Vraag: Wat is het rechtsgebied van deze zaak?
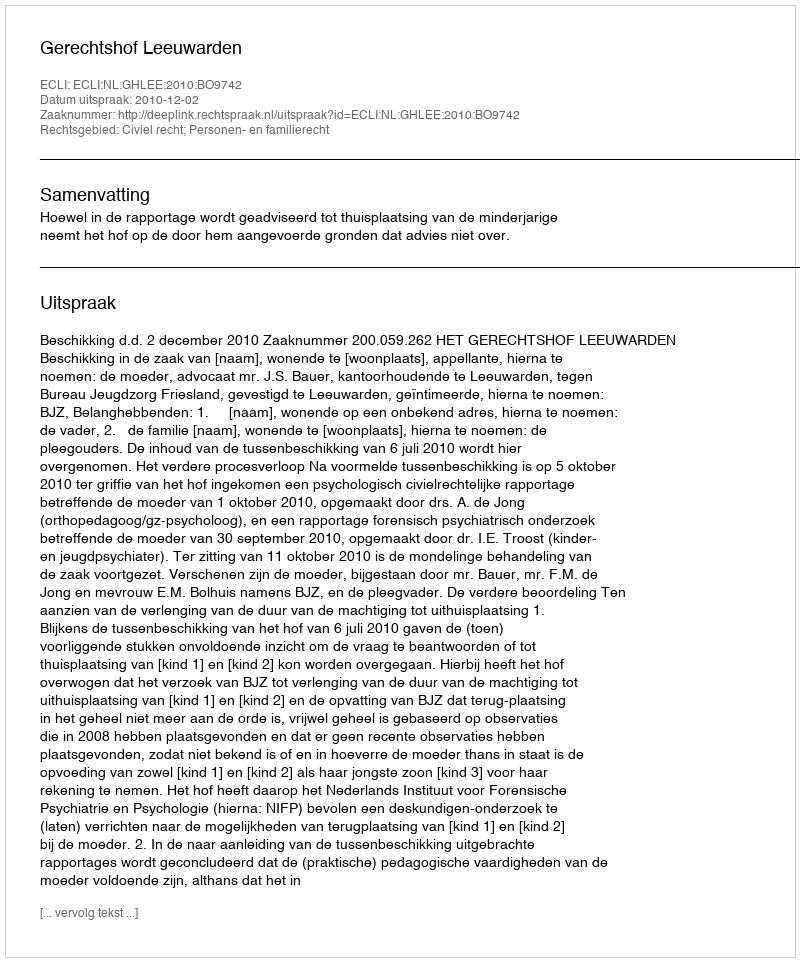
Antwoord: Civiel recht; Personen- en familierecht